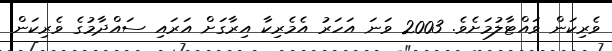
ވެރިކަން ވައްޓާލުމަށެވެ. 2003 ވަނަ އަހަރު އެމެރިކާ އިރާގަށް އަރައި ސައްދާމުގެ ވެރިކަން